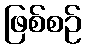
ဖြစ်စဉ်